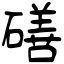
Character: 磰